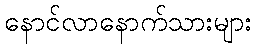
နောင်လာနောက်သားများ